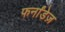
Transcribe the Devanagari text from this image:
फर्नांडेज़